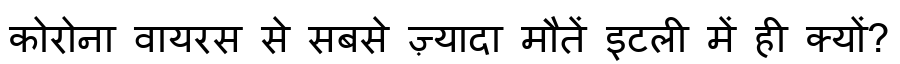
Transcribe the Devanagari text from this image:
कोरोना वायरस से सबसे ज़्यादा मौतें इटली में ही क्यों?